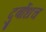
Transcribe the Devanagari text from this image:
दुर्बोधच